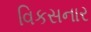
વિકસનાર